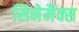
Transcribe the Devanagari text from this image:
सिनेमैक्स